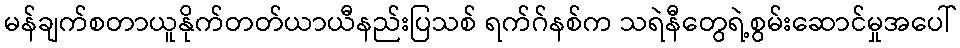
မန်ချက်စတာယူနိုက်တတ်ယာယီနည်းပြသစ် ရက်ဂ်နစ်က သရဲနီတွေရဲ့စွမ်းဆောင်မှုအပေါ်